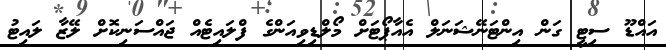
އައްޑޫ ސިޓީ ގަން އިންޓަނޭޝަނަލް އެއާޕޯޓަށް މޯލްޑިވިއަންގެ ފްލައިޓެއް ޖައްސަނިކޮށް ލޭޒާ ލައިޓު